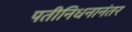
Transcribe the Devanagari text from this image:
पतीनिधनानंतर